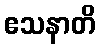
ဧသနာတိ